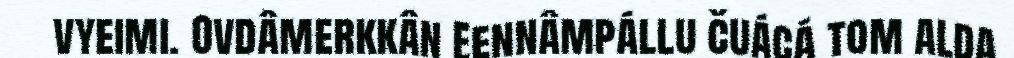
vyeimi. Ovdâmerkkân Eennâmpállu čuácá tom alda